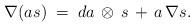
LaTeX: \begin{align*}\nabla (as)\;=\;da\,\otimes\,s\,+\,a\,\nabla s .\end{align*}